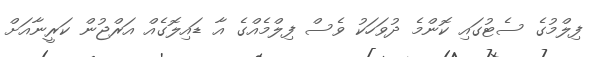
ފިލްމުގެ ސެޓުގައި ކޮންމެ ދުވަހަކު ވެސް ފިލްމެއްގެ އާ ޑައިލޮގެއް އަރްޖުން ކަރީނާއަށް